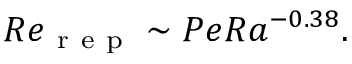
R e _ { \mathrm { ~ r ~ e ~ p ~ } } \sim P e R a ^ { - 0 . 3 8 } .